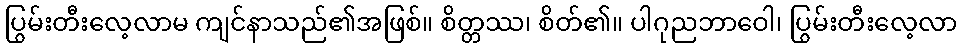
ပြွမ်းတီးလေ့လာမ ကျင်နာသည်၏အဖြစ်။ စိတ္တဿ၊ စိတ်၏။ ပါဂုညဘာဝေါ၊ ပြွမ်းတီးလေ့လာ